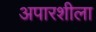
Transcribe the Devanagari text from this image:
अपारशीला